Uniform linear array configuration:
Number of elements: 48
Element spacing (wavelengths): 0.75
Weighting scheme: blackman
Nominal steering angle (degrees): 45
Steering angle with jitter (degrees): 44.935
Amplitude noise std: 0.05
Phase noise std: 0.05

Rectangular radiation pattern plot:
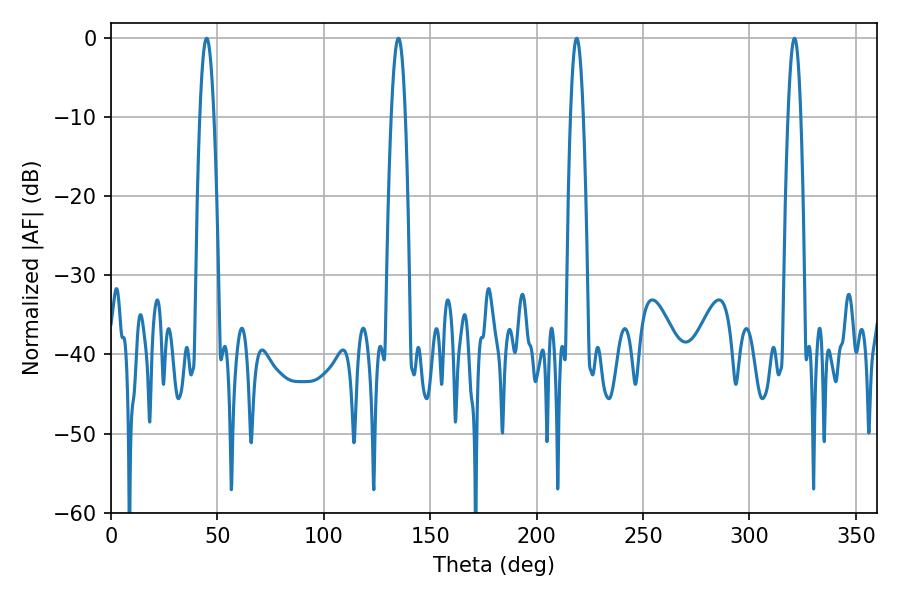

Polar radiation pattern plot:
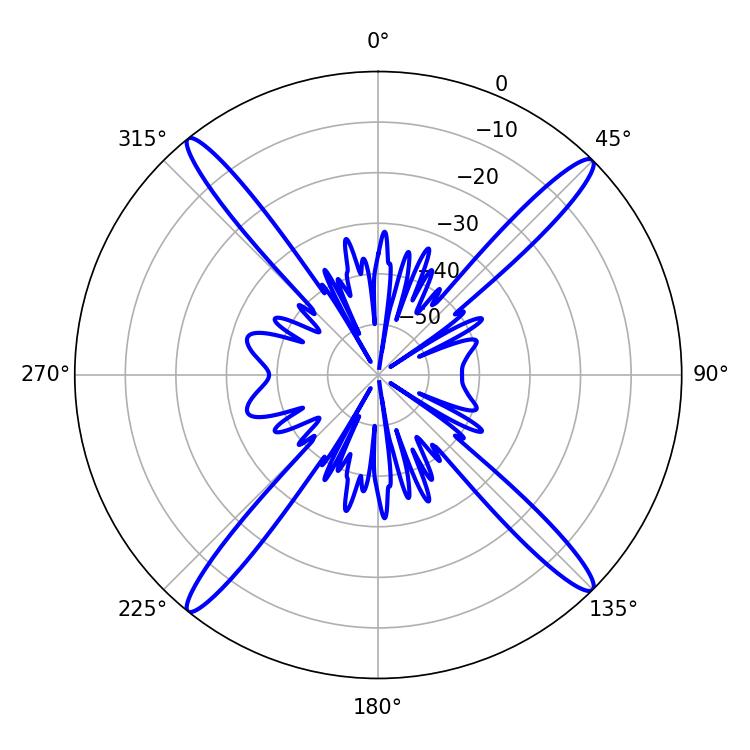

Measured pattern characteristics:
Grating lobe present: TRUE
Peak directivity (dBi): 20.276
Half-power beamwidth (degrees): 3.24
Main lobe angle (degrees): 321.12